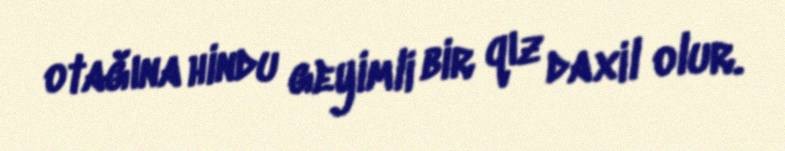
otağına hindu geyimli bir qız daxil olur.